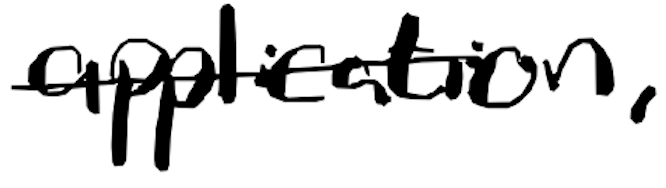
Text: application,
Cross-out: single-line
Writing tool: digital_black